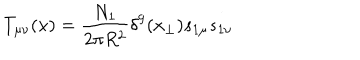
T _ { \mu \nu } ( x ) = { \frac { N _ { 1 } } { 2 \pi R ^ { 2 } } } \delta ^ { 9 } ( x _ { \perp } ) s _ { 1 \mu } s _ { 1 \nu }